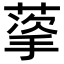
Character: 𬝩